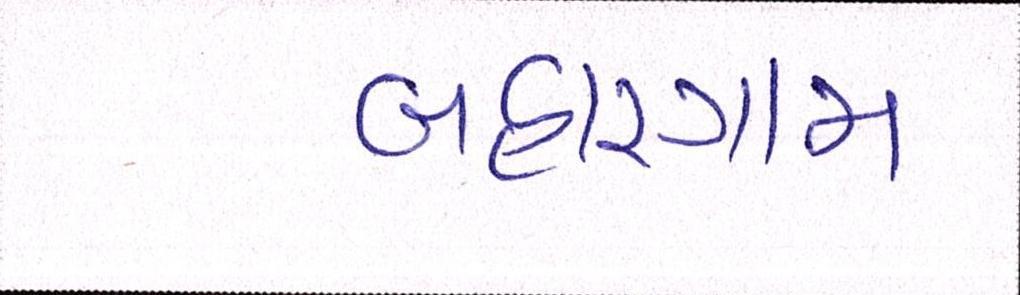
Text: બહારગામ